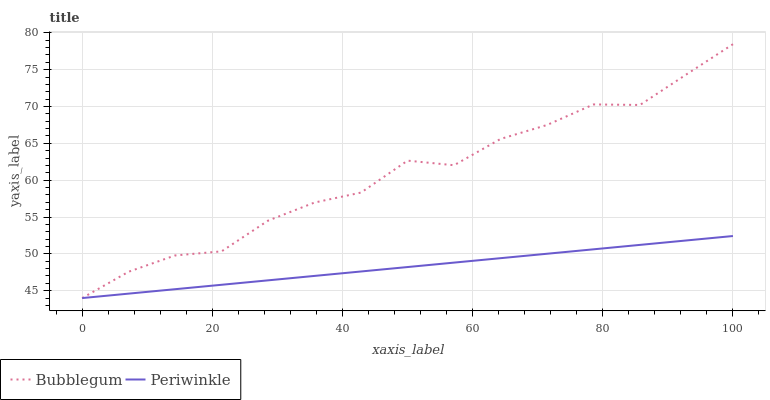
| xaxis_label | Bubblegum | Periwinkle |
 | --- | --- | --- |
 | 0 | 44 | 44 |
 | 7.14 | 47.6 | 44.6 |
 | 14.3 | 49.8 | 45.2 |
 | 21.4 | 50.3 | 45.8 |
 | 28.6 | 54.5 | 46.4 |
 | 35.7 | 57 | 47 |
 | 42.9 | 58.3 | 47.6 |
 | 50 | 62.7 | 48.2 |
 | 57.1 | 62 | 48.8 |
 | 64.3 | 65.6 | 49.4 |
 | 71.4 | 67.5 | 50 |
 | 78.6 | 70.3 | 50.6 |
 | 85.7 | 70.2 | 51.2 |
 | 92.9 | 74.4 | 51.8 |
 | 100 | 78.5 | 52.4 |